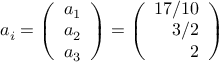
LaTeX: a _ { i } = \left( \begin{array} { r } { { a _ { 1 } } } \\ { { a _ { 2 } } } \\ { { a _ { 3 } } } \end{array} \right) = \left( \begin{array} { r } { { 1 7 / 1 0 } } \\ { { 3 / 2 } } \\ { { 2 } } \end{array} \right)